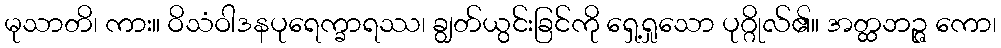
မုသာတိ၊ ကား။ ဝိသံဝါဒနပုရေက္ခာရဿ၊ ချွတ်ယွင်းခြင်ကို ရှေ့ရှုသော ပုဂ္ဂိုလ်၏။ အတ္ထဘဉ္ဇ ကော၊